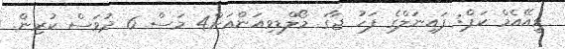
ވީއޭއެމް ކަޕް: ފައިނަލްގެ ފަހު ޖާގަ މޯލްޑިވިއަންއަށް4 މަސް 6 ދުވަސް ކުރިން.